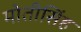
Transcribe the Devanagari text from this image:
मोतीसिंह